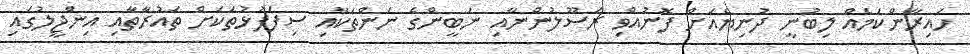
ހައިރާންކަމެއް ލިބުނީ ދުނިޔެއަށް ފޮނުއްވި ރަސޫލުންނާއި ނަބީންގެ ނަންތަކާއި ސިފަފުޅުތަކަށް ތައުރާތާއި އިންޖީލުގައި